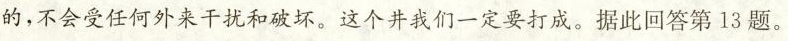
的，不会受任何外来干扰和破坏。这个井我们一定要打成。据此回答第13题。